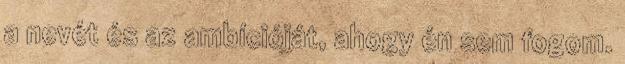
a nevét és az ambícióját, ahogy én sem fogom.